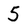
Character: 5